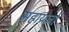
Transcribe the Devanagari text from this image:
महायज्ञो